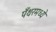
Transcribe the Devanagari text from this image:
पँथरमध्ये